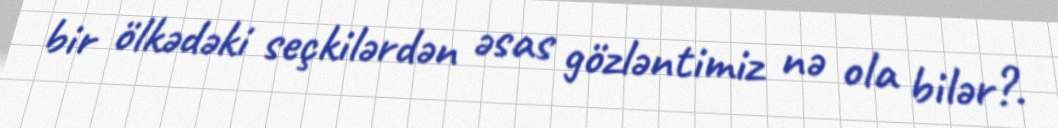
bir ölkədəki seçkilərdən əsas gözləntimiz nə ola bilər?.